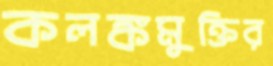
কলঙ্কমুক্তির